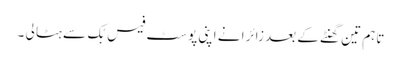
تاہم تین گھنٹے کے بعد زائرا نے اپنی پوسٹ فیس بُک سے ہٹا لی ۔